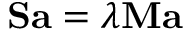
\mathbf { S } \mathbf { a } = \lambda \mathbf { M } \mathbf { a }